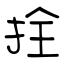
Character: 拴